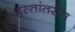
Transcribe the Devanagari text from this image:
हस्‍तांतरीय